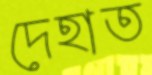
দেহাত